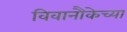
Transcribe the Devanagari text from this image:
विवानौकेच्या